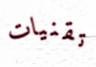
تقنيات